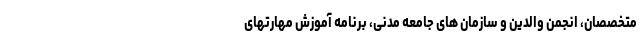
متخصصان، انجمن والدین و سازمان های جامعه مدنی، برنامه آموزش مهارتهای